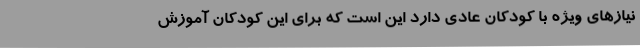
نیازهای ویژه با کودکان عادی دارد این است که برای این کودکان آموزش